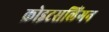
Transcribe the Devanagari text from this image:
क्रोइटसलिंगन